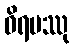
ဝိရမဿု